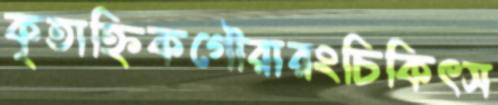
কৃতাহ্নিকগৌরারংচিকিৎস